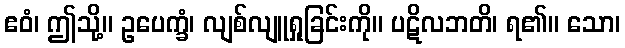
ဧဝံ၊ ဤသို့။ ဥပေက္ခံ၊ လျစ်လျူရှုခြင်းကို။ ပဋိလဘတိ၊ ရ၏။ သော၊